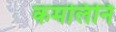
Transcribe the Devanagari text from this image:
कमलिनि